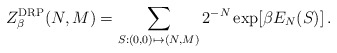
\begin{align*}Z_\beta^\mathrm{DRP}(N,M) = \sum_{S:(0,0)\mapsto (N,M)} 2^{-N}\exp[\beta E_N(S)]\,.\end{align*}